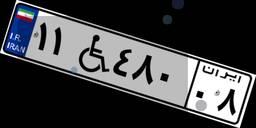
۹۵W۲۰۲۴۴